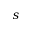
s